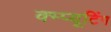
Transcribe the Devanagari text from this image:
क्म्प्यूटिंग